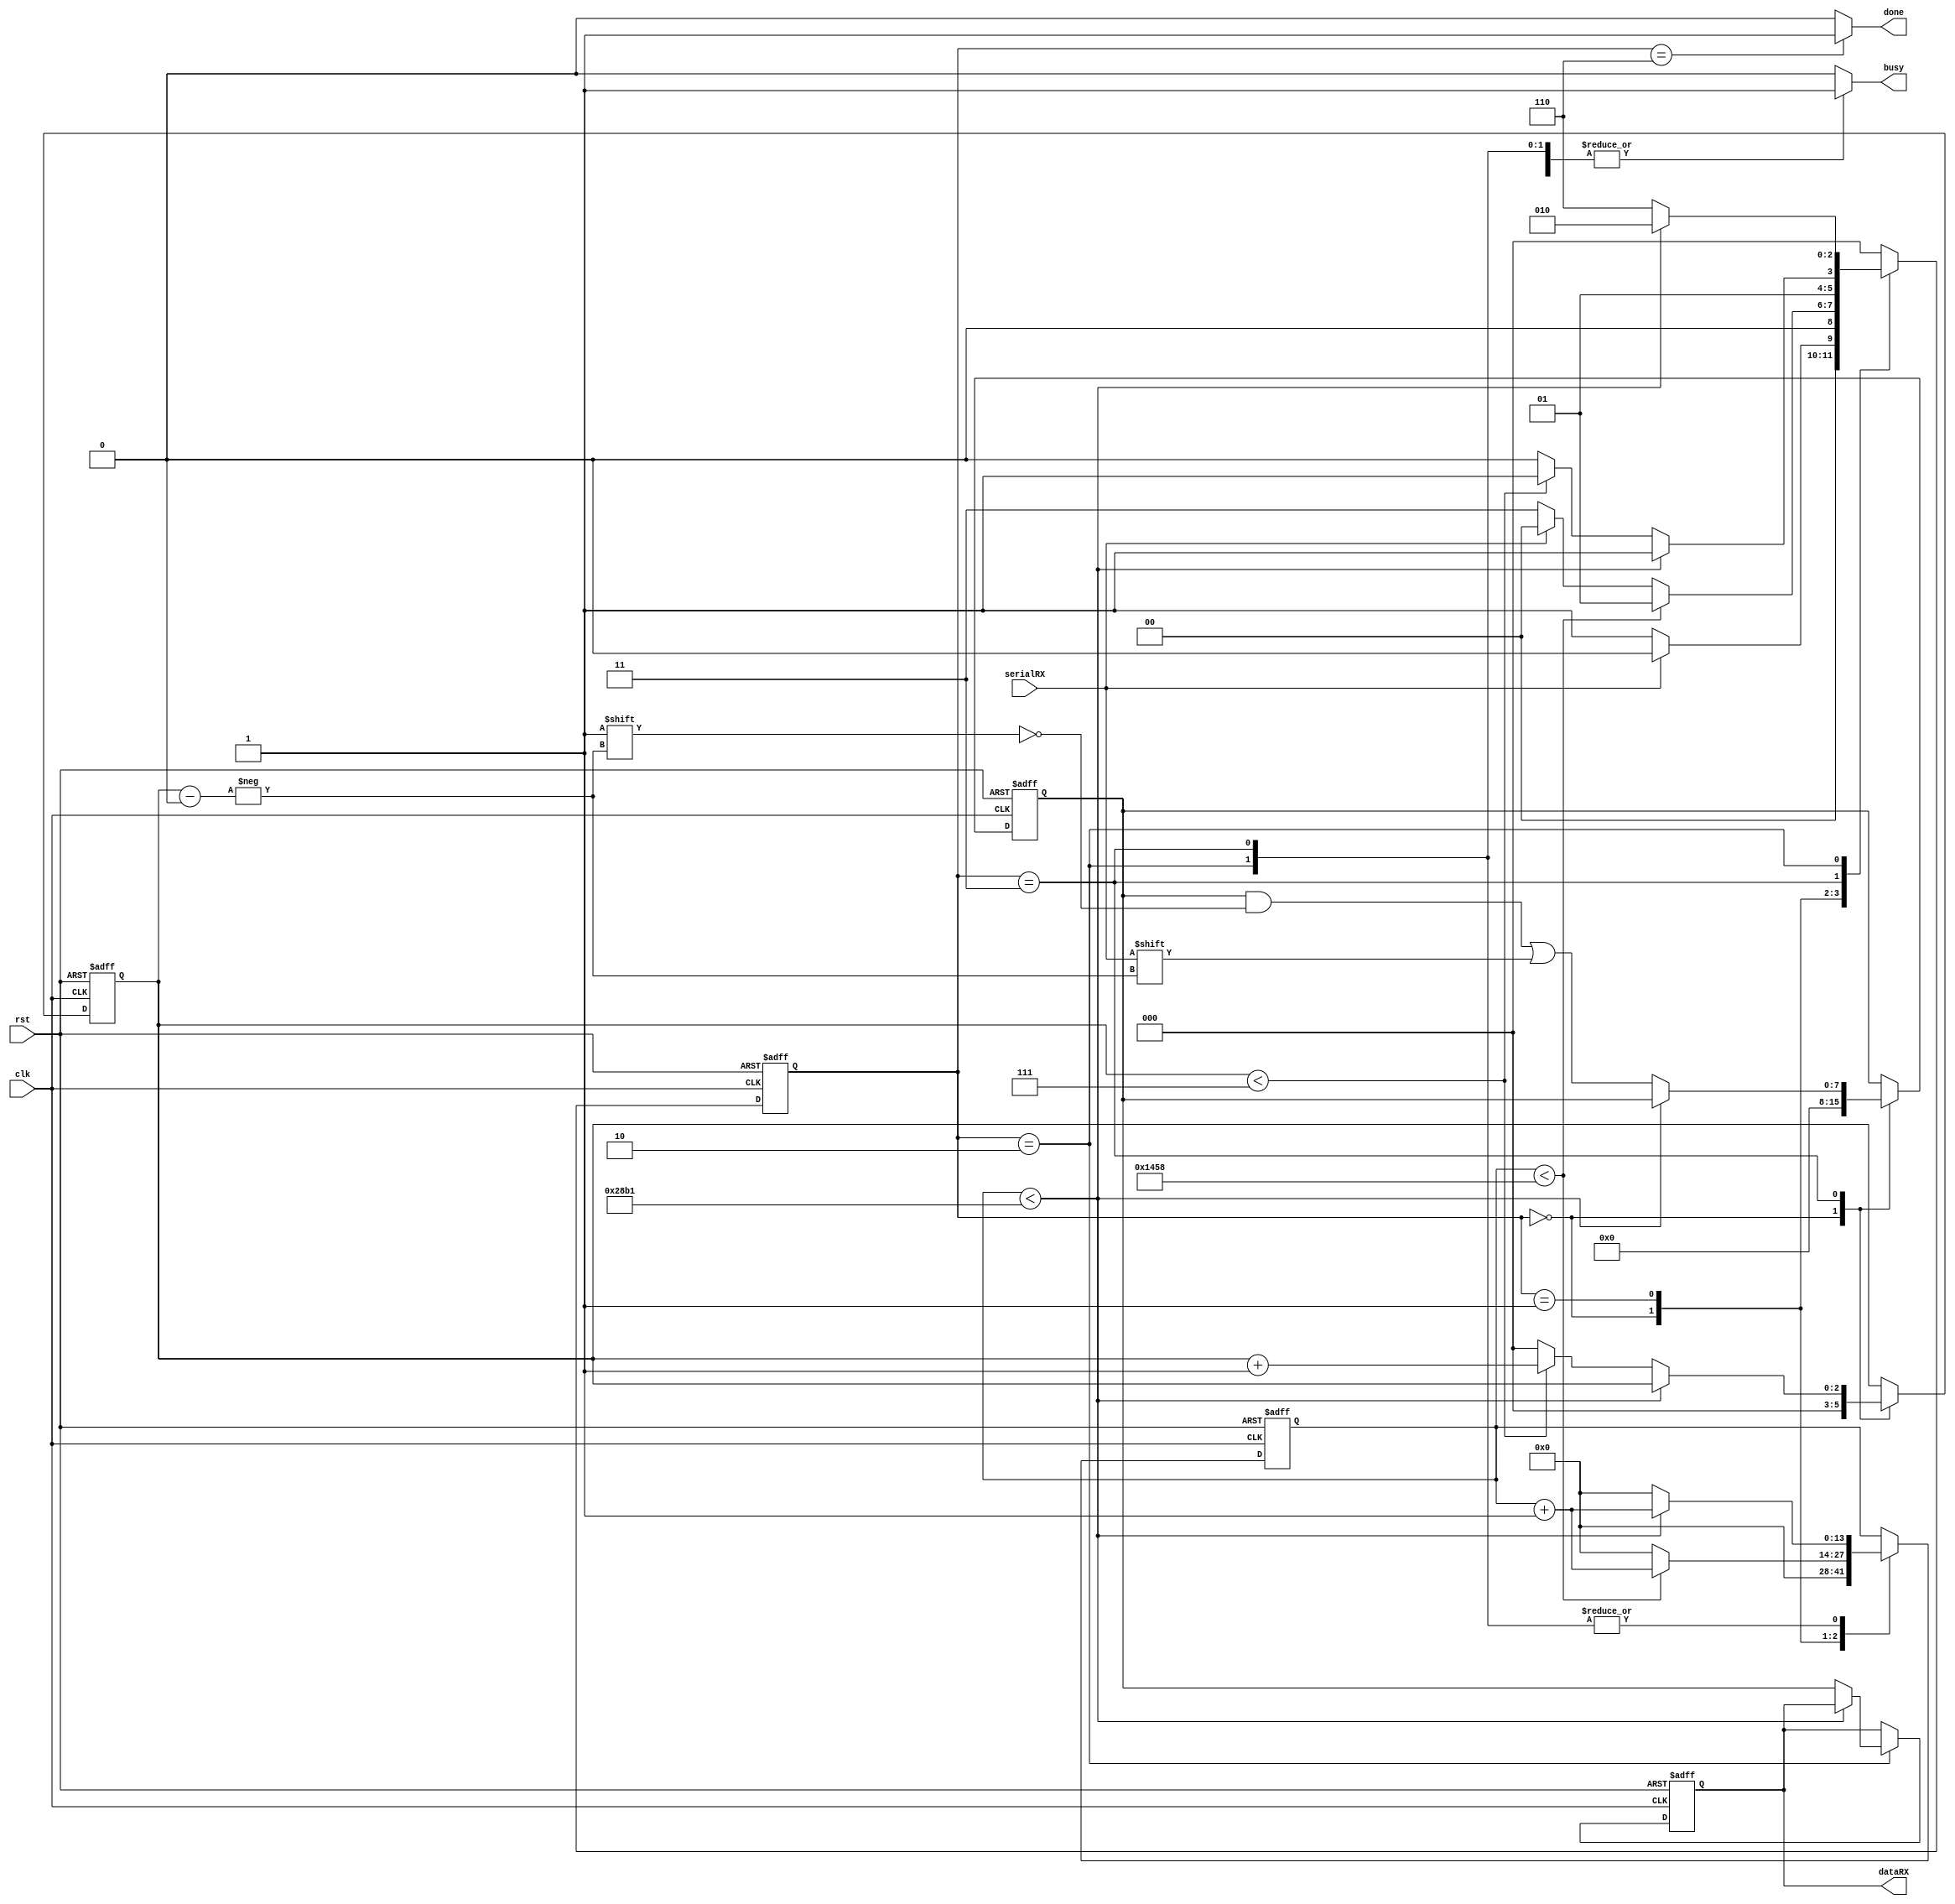
module uartRX
(
  clk,
  rst,
  serialRX,
  dataRX,
  done,
  busy
);

  parameter CLKCOUNTER = 10_417; //100_000_000 / 9_600 = 10_417
  parameter NBITS_COUNTER = 14; //log(x)/log(2)

  localparam IDLE = 3'b000;
  localparam RX_START = 3'b001;
  localparam RX_DATA = 3'b011;
  localparam RX_STOP = 3'b010;
  localparam DONE = 3'b110;

  input clk;
  input rst;
  input serialRX;
  output reg [7:0] dataRX;
  output reg done;
  output reg busy;

  reg [7:0] rDataRX;
  reg [2:0] rDataIdx;
  reg [2:0] rState;
  reg [NBITS_COUNTER-1:0] rClkCounter;

  always @ (posedge clk or negedge rst) begin
    if (!rst) begin
      rState <= IDLE;
      rClkCounter <= {NBITS_COUNTER{1'b0}};
      rDataRX <= 8'd0;
      rDataIdx <= 3'd0;
      dataRX <= 8'b0;
    end
    else begin
      case (rState)
        IDLE: begin
          rClkCounter <= {NBITS_COUNTER{1'b0}};
          rDataRX <= 8'd0;
          rDataIdx <= 3'd0;

          if (!serialRX) begin
            rState <= RX_START;
          end
          else begin
            rState <= IDLE;
          end
        end

        RX_START: begin
          if (rClkCounter < (CLKCOUNTER/2)) begin
            rClkCounter <= rClkCounter + 1'b1;
            rState <= RX_START;
          end
          else begin
            rClkCounter <= {NBITS_COUNTER{1'b0}};

            if (!serialRX) begin
              rState <= RX_DATA;
            end
            else begin
              rState <= IDLE;
            end
          end
        end

        RX_DATA: begin
          if (rClkCounter < CLKCOUNTER) begin
            rClkCounter <= rClkCounter + 1'b1;
            rState <= RX_DATA;
          end
          else begin
            rClkCounter <= {NBITS_COUNTER{1'b0}};
            rDataRX[rDataIdx] <= serialRX;

            if (rDataIdx < 7) begin
              rDataIdx = rDataIdx + 1'b1;
              rState <= RX_DATA;
            end
            else begin
              rDataIdx <= 3'd0;
              rState <= RX_STOP;
            end
          end
        end

        RX_STOP: begin
          if (rClkCounter < CLKCOUNTER) begin
            rClkCounter <= rClkCounter + 1'b1;
            rState <= RX_STOP;
          end
          else begin
            rClkCounter <= {NBITS_COUNTER{1'b0}};
            rState <= DONE;
            dataRX = rDataRX;
          end
        end

        DONE: begin
          rState <= IDLE;
        end

        default: begin
          rState <= IDLE;
        end
      endcase
    end
  end

  always @ (*) begin
    case (rState)
      IDLE: begin
        done <= 1'b0;
        busy <= 1'b0;
      end

      RX_START: begin
        done <= 1'b0;
        busy <= 1'b1;
      end

      RX_DATA: begin
        done <= 1'b0;
        busy <= 1'b1;
      end

      RX_STOP: begin
        done <= 1'b0;
        busy <= 1'b1;
      end

      DONE: begin
        done <= 1'b1;
        busy <= 1'b0;
      end

      default: begin
        done <= 1'b0;
        busy <= 1'b0;
      end
    endcase
  end

endmodule // uartRX